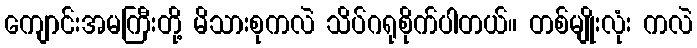
ကျောင်းအမကြီးတို့ မိသားစုကလဲ သိပ်ဂရုစိုက်ပါတယ်။ တစ်မျိုးလုံး ကလဲ